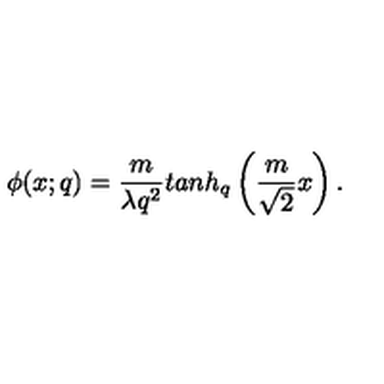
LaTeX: \phi ( x ; q ) = \frac { m } { \lambda q ^ { 2 } } t a n h _ { q } \left( \frac { m } { \sqrt 2 } x \right) .